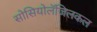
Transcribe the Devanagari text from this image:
सोसियोलॅजिलकल